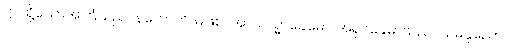
ဤသို့သောအကြံသည်။ နဟောတိ၊ မဖြစ်။ အာယသ္မာခေမော၊ အရှင်ခေမာသည်။ သမနုညော၊